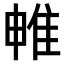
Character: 𨾡